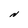
Character: N